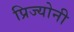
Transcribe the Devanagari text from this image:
प्रिज्योनी